Vaccine operations Central Provinces 1900-1911 - 1900-1911
Year: 1900
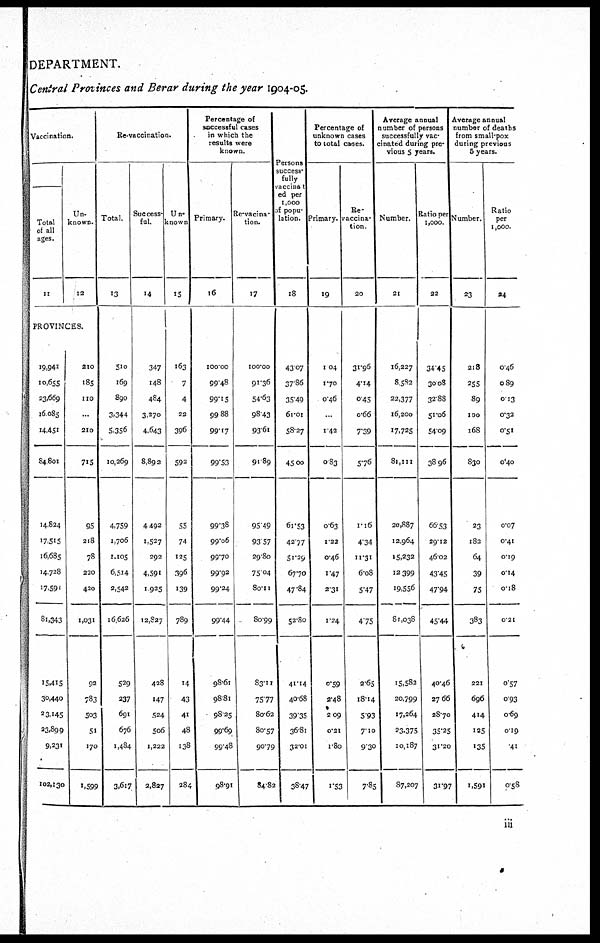
DEPARTMENT.
Central Provinces and Berar during the year 1904-05.
Vaccination.
Total
of all
ages.
11
Un-
known.
12
Re-vaccination.
Total.
13
Success-
ful.
14
Un-
known
15
Percentage of
successful cases
in which the
results were
known.
Primary.
16
Re-vacina¬
tion.
17
Persons
success¬
fully
vaccinat¬
ed per
1,000
of popu-
lation.
18
Percentage of
unknown cases
to total cases.
Primary.
19
Re¬
vaccina-
tion.
20
Average annual
number of persons
successfully vac-
cinated during pre¬
vious 5 years.
Number.
21
Ratio per
1,000.
22
Average annual
number of deaths
from small-pox
during previous
5 years.
Number.
23
Ratio
per
1,000.
24
PROVINCES.
19,941
10,655
23,669
16,085
14,451
84,801
14,824
17,515
16,685
14,728
17,591
81,343
15,415
30,440
23,145
23,899
9,231
102,130
210
185
110
...
210
715
95
218
78
220
420
1,031
92
783
503
51
170
1,599
510
169
890
3,344
5,356
10,269
4,759
1,706
1,105
6,514
2,542
16,626
529
237
691
676
1,484
3,617
347
148
484
3,270
4,643
8,892
4,492
1,527
292
4,591
1,925
12,827
428
147
524
506
1,222
2,827
163
7
4
22
396
592
55
74
125
396
139
789
14
43
41
48
138
284
100.00
99.48
99.15
99.88
99.17
99.53
99.38
99.06
99.70
99.92
99.24
99.44
98.61
98.81
98.25
99.69
99.48
98.91
100.00
91.36
54.63
98.43
93.61
91.89
95.49
93.57
29.80
75.04
80.11
80.99
83.11
75.77
80.62
80.57
90.79
84.82
43.07
37.86
35.49
61.01
58.27
45.00
61.53
42.77
51.29
67.70
47.84
52.80
41.14
40.68
39.35
36.81
32.01
38.47
1.04
1.70
0.46
...
1.42
0.83
0.63
1.22
0.46
1.47
2.31
1.24
0.59
2.48
2.09
0.21
1.80
1.53
31.96
4.14
0.45
0.66
7.39
5.76
1.16
4.34
11.31
6.08
5.47
4.75
2.65
18.14
5.93
7.10
9.30
7.85
16,227
85,582
22,377
16,200
17,725
81,111
20,887
12,964
15,232
12,399
19,556
81,038
15,582
20,799
17,264
23,375
10,187
87,207
34.45
30.08
32.88
51.06
54.09
38.96
66.53
29.12
46.02
43.45
47.94
45.44
40.46
27.66
28.70
35.25
31.20
31.97
218
255
89
100
168
830
23
182
64
39
75
383
221
696
414
125
135
1,591
0.46
0.89
0.13
0.32
0.51
0.40
0.07
0.41
0.19
0.14
0.18
0.21
0.57
0.93
0.69
0.19
.41
0.58
iii